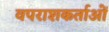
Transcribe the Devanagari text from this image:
वपराशकर्ताओं